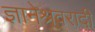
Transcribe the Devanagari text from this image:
ज्ञानेश्र्वरादी